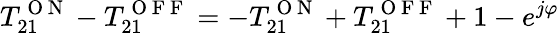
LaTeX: T_{21}^{\mathrm{~O~N~}}-T_{21}^{\mathrm{~O~F~F~}}=-T_{21}^{\mathrm{~O~N~}}+T_{21}^{\mathrm{~O~F~F~}}+1-e^{j\varphi}